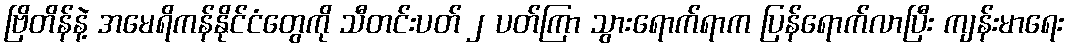
ဗြိတိန်နဲ့ အမေရိကန်နိုင်ငံတွေကို သီတင်းပတ် ၂ ပတ်ကြာ သွားရောက်ရာက ပြန်ရောက်လာပြီး ကျန်းမာရေး